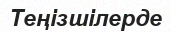
Теңізшілерде